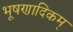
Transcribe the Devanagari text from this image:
भूषणादिकम्